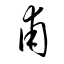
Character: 甫